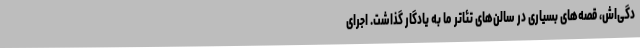
دگی‌اش، قصه‌های بسیاری در سالن‌های تئاتر ما به یادگار گذاشت. اجرای